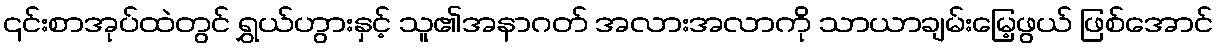
၎င်းစာအုပ်ထဲတွင် ရွှယ်ဟွားနှင့် သူ၏အနာဂတ် အလားအလာကို သာယာချမ်းမြေ့ဖွယ် ဖြစ်အောင်